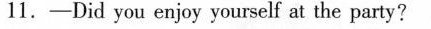
11. -Did you enjoy yourself at the party?